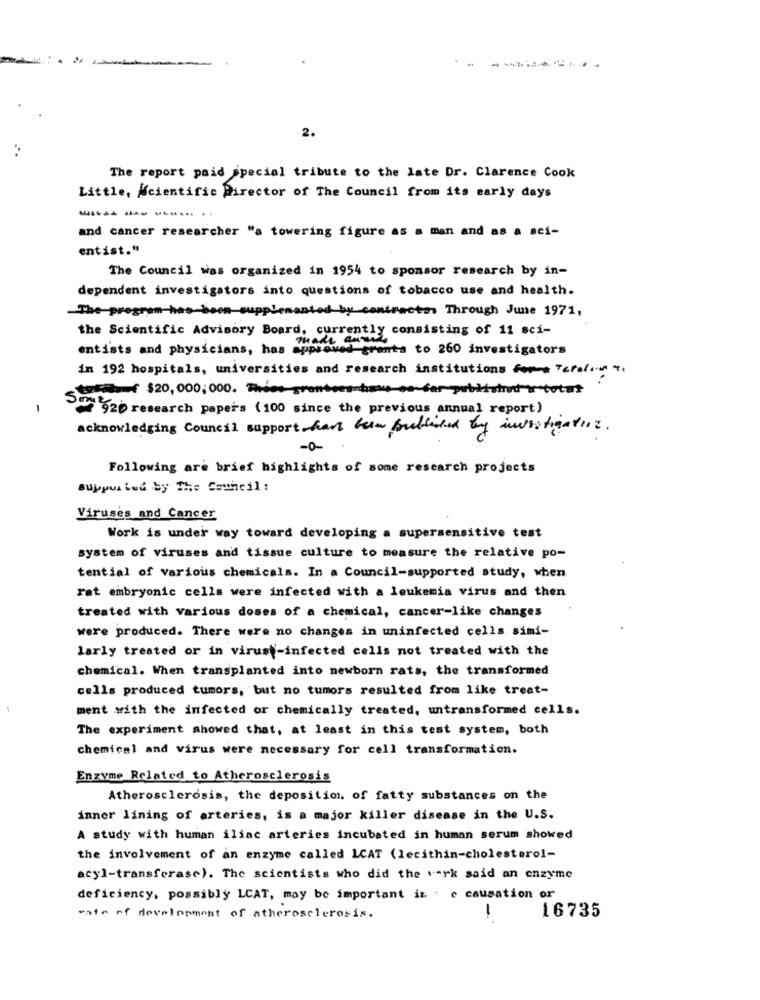
2.
The report paid special tribute to the late Dr. Clarence Cook
Little, Scientific Director of The Council from its early days
and cancer researcher "a towering figure as a man and as a sci-
entist."
The Council was organized in 1954 to sponsor research by in-
dependent investigators into questions of tobacco use and health.
-The program has-been-supplemented by contractor Through June 1971,
the Scientific Advisory Board, currently consisting of 11 sci-
entists and physicians, has approved grants to 260 investigators
in 192 hospitals, universities and research institutions forma Totale .
starkahuf $20, 000,000. Thiss grantees bate-se-fer publishud v totat
920 research papers (100 since the previous annual report)
acknowledging Council support has been published by investigations .
-0-
Following are brief highlights of some research projects
supported by The Council :
Viruses and Cancer
Work is under way toward developing a supersensitive test
system of viruses and tissue culture to measure the relative po-
tential of Various chemicals. In a Council-supported study, when
rat embryonic cells were infected with a leukemia virus and then
treated with various doses of a chemical, cancer-like changes
were produced. There were no changes in uninfected cells simi-
larly treated or in virus-infected cells not treated with the
chemical. When transplanted into newborn rats, the transformed
cells produced tumors, but no tumors resulted from like treat-
-
ment with the infected or chemically treated, untransformed cells.
The experiment showed that, at least in this test system, both
chemical and virus were necessary for cell transformation.
Enzyme Related to Atherosclerosis
Atherosclerosis, the deposition of fatty substances on the
inner lining of arteries, is a major killer disease in the U.S.
A study with human iliac arteries incubated in human serum showed
the involvement of an enzyme called LCAT (lecithin-cholesterol-
acyl-transferase). The scientists who did the ark said an enzyme
deficiency, possibly LCAT, may be important in . e causation or
este of development of atherosclerosis.
-
16735